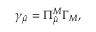
\gamma _ { \hat { \mu } } = \Pi _ { \hat { \mu } } ^ { M } \Gamma _ { M } ,